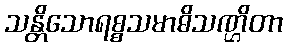
သန္တိသောရစ္စသမာဓိသဏ္ဌိတာ